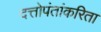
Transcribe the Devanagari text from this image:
दत्तोपंतांकरिता